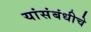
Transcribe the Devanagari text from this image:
यांसंबंधीचे